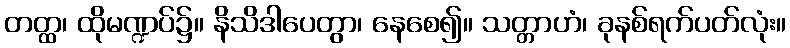
တတ္ထ၊ ထိုမဏ္ဍပ်၌။ နိသိဒါပေတွာ၊ နေစေ၍။ သတ္တာဟံ၊ ခုနစ်ရက်ပတ်လုံး။